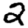
Digit: 2